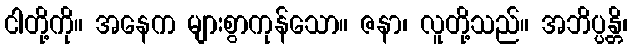
ငါတို့ကို။ အနေက များစွာကုန်သော။ ဇနာ၊ လူတို့သည်။ အဘိပ္ပန္တိ၊